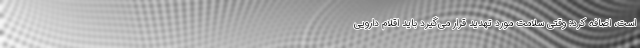
است، اضافه کرد: وقتی سلامت مورد تهدید قرار می‌گیرد باید اقلام دارویی